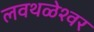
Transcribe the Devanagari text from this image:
लवथळेश्वर